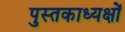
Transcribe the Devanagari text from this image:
पुस्तकाध्यक्षों